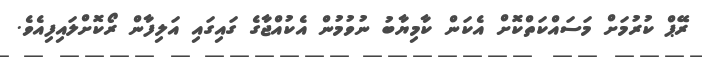
ރޭޕް ކުރުމަށް މަސައްކަތްކޮށް އެކަން ކާމިޔާބު ނުވުމުން އެކުއްޖާގެ ގައިގައި އަލިފާން ރޯކޮށްލައިފިއެވެ.